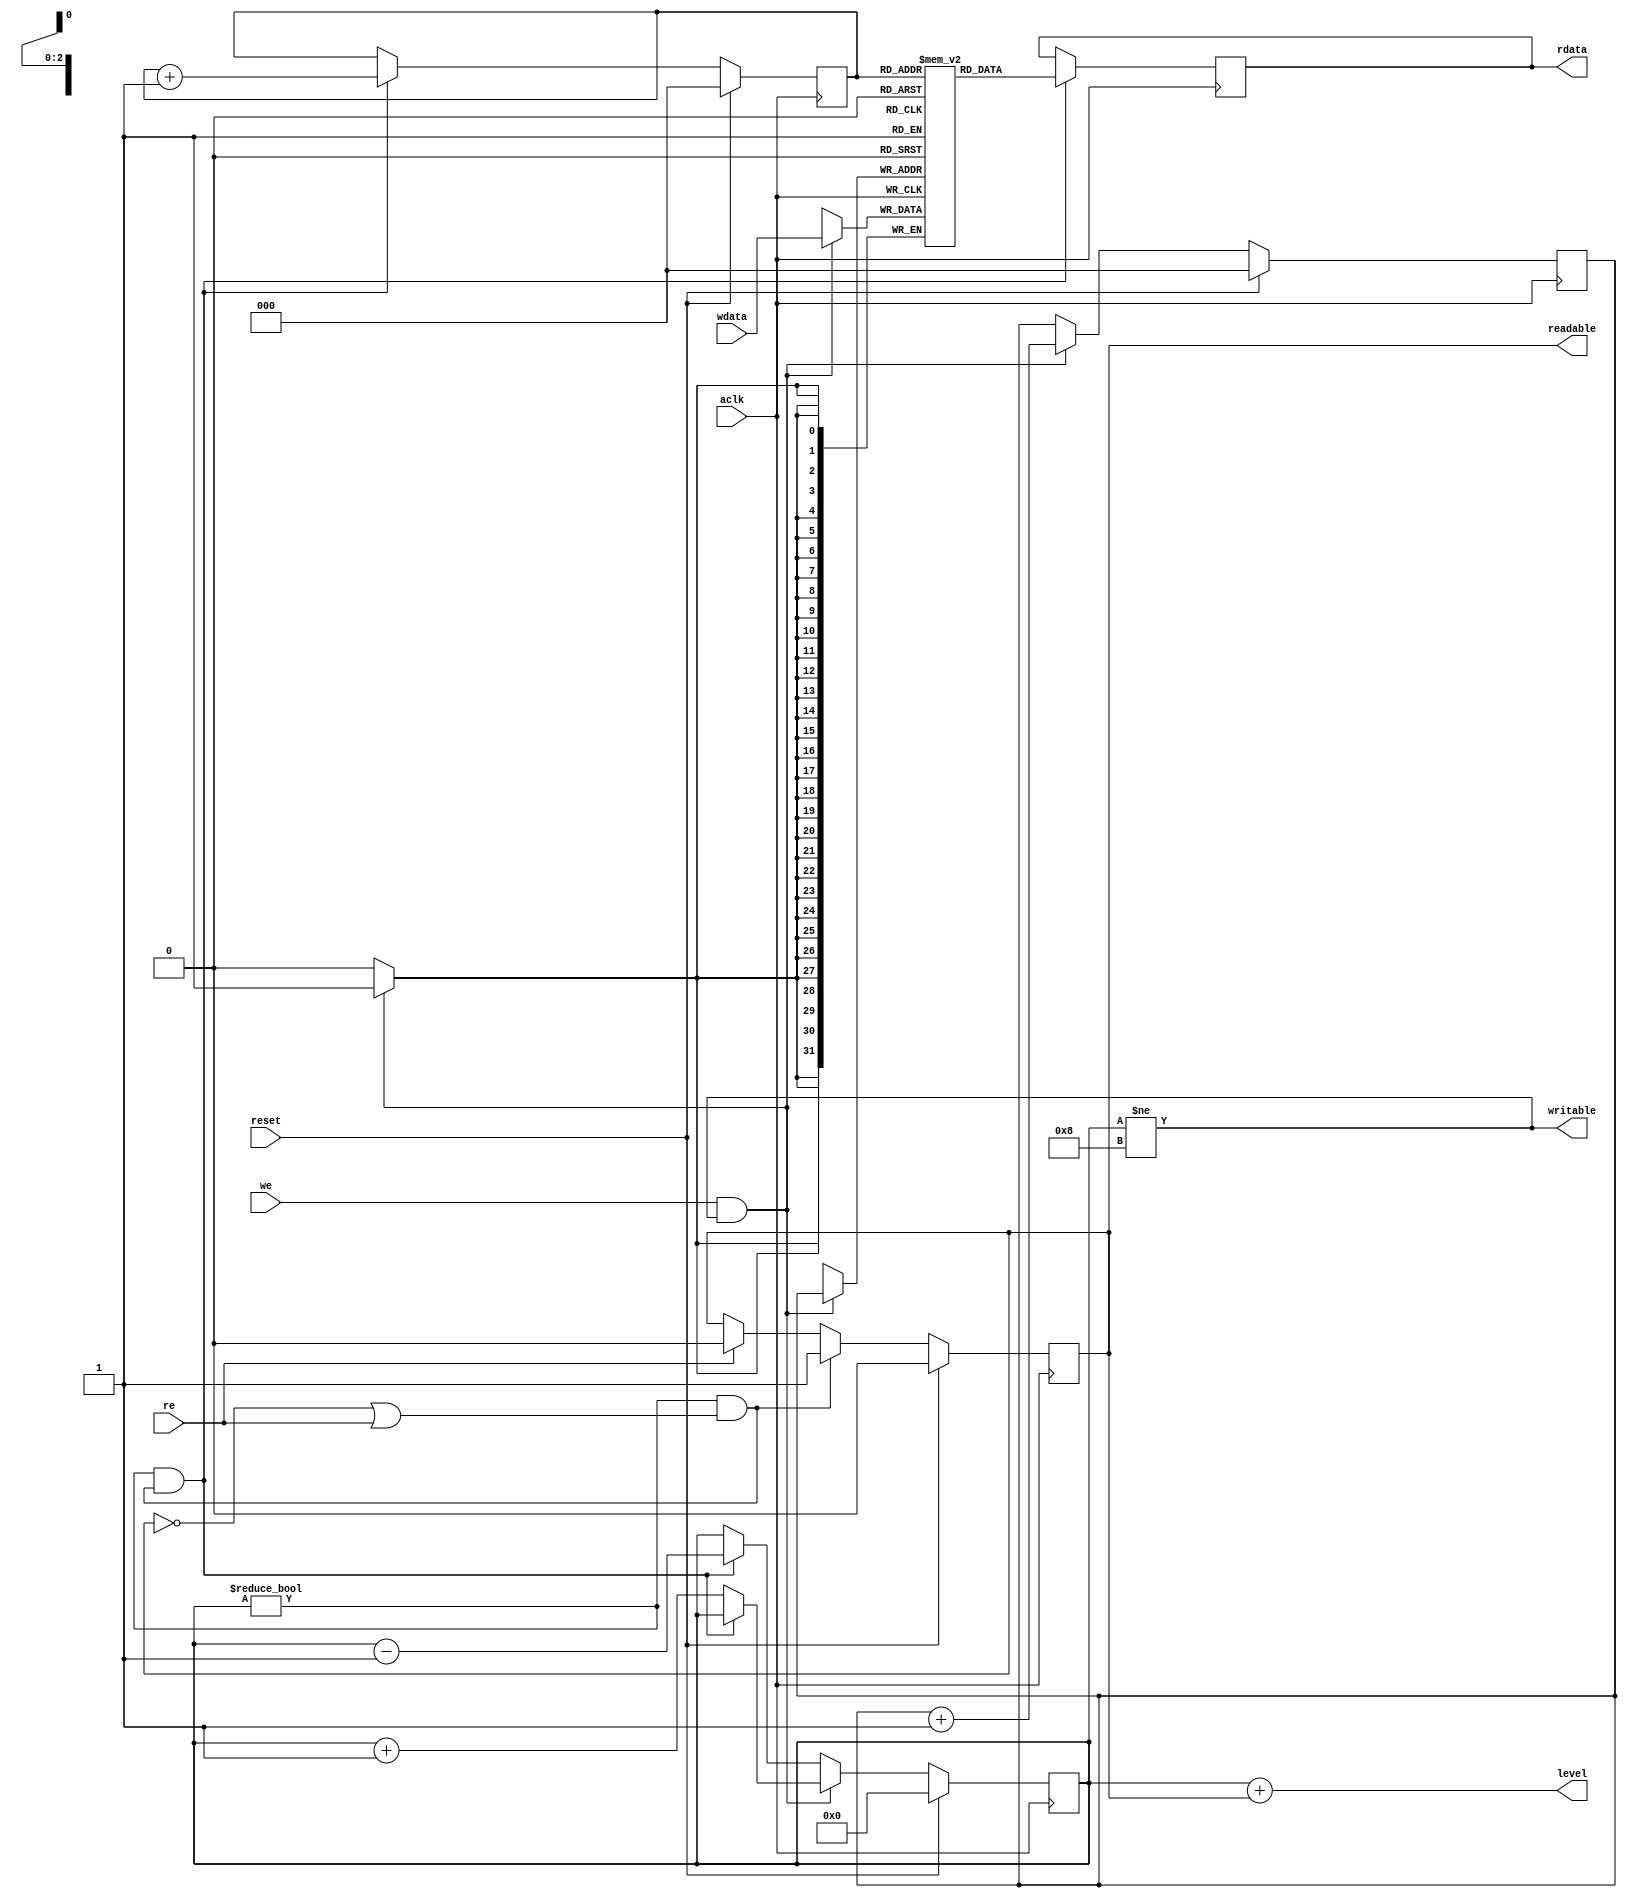
// -----------------------------------------------------------------------------
// Auto-Generated by:        __   _ __      _  __
//                          / /  (_) /____ | |/_/
//                         / /__/ / __/ -_)>  <
//                        /____/_/\__/\__/_/|_|
//                     Build your hardware, easily!
//                   https://github.com/enjoy-digital/litex
//
// Device     : generic
// LiteX sha1 : 9b4f6007
//------------------------------------------------------------------------------

`timescale 1ns / 1ps

//------------------------------------------------------------------------------
// Module
//------------------------------------------------------------------------------

module regfifo (
    input  wire          reset,
    input  wire          aclk,
    input  wire   [31:0] wdata,
    input  wire          we,
    output wire          writable,
    input  wire          re,
    output wire          readable,
    output wire   [31:0] rdata,
    output wire    [3:0] level
);


//------------------------------------------------------------------------------
// Signals
//------------------------------------------------------------------------------

wire          aclk_clk;
wire          aclk_rst;
wire          re_1;
reg           readable_1;
wire          syncfifo_we;
wire          syncfifo_writable;
wire          syncfifo_re;
wire          syncfifo_readable;
wire   [31:0] syncfifo_din;
wire   [31:0] syncfifo_dout;
reg     [3:0] level0;
wire          replace;
reg     [2:0] produce;
reg     [2:0] consume;
reg     [2:0] wrport_adr;
wire   [31:0] wrport_dat_r;
wire          wrport_we;
wire   [31:0] wrport_dat_w;
wire          do_read;
wire    [2:0] rdport_adr;
wire   [31:0] rdport_dat_r;
wire          rdport_re;
wire    [3:0] level1;

//------------------------------------------------------------------------------
// Combinatorial Logic
//------------------------------------------------------------------------------

assign replace = 1'b0;
assign aclk_clk = aclk;
assign aclk_rst = reset;
assign syncfifo_din = wdata;
assign syncfifo_we = we;
assign writable = syncfifo_writable;
assign rdata = syncfifo_dout;
assign re_1 = re;
assign readable = readable_1;
assign level = level1;
assign syncfifo_re = (syncfifo_readable & ((~readable_1) | re_1));
assign level1 = (level0 + readable_1);
always @(*) begin
    wrport_adr <= 3'd0;
    if (replace) begin
        wrport_adr <= (produce - 1'd1);
    end else begin
        wrport_adr <= produce;
    end
end
assign wrport_dat_w = syncfifo_din;
assign wrport_we = (syncfifo_we & (syncfifo_writable | replace));
assign do_read = (syncfifo_readable & syncfifo_re);
assign rdport_adr = consume;
assign syncfifo_dout = rdport_dat_r;
assign rdport_re = do_read;
assign syncfifo_writable = (level0 != 4'd8);
assign syncfifo_readable = (level0 != 1'd0);


//------------------------------------------------------------------------------
// Synchronous Logic
//------------------------------------------------------------------------------

always @(posedge aclk_clk) begin
    if (syncfifo_re) begin
        readable_1 <= 1'd1;
    end else begin
        if (re_1) begin
            readable_1 <= 1'd0;
        end
    end
    if (((syncfifo_we & syncfifo_writable) & (~replace))) begin
        produce <= (produce + 1'd1);
    end
    if (do_read) begin
        consume <= (consume + 1'd1);
    end
    if (((syncfifo_we & syncfifo_writable) & (~replace))) begin
        if ((~do_read)) begin
            level0 <= (level0 + 1'd1);
        end
    end else begin
        if (do_read) begin
            level0 <= (level0 - 1'd1);
        end
    end
    if (aclk_rst) begin
        readable_1 <= 1'd0;
        level0 <= 4'd0;
        produce <= 3'd0;
        consume <= 3'd0;
    end
end


//------------------------------------------------------------------------------
// Specialized Logic
//------------------------------------------------------------------------------

//------------------------------------------------------------------------------
// Memory storage: 8-words x 32-bit
//------------------------------------------------------------------------------
// Port 0 | Read: Sync  | Write: Sync | Mode: Read-First  | Write-Granularity: 32
// Port 1 | Read: Sync  | Write: ---- |
reg [31:0] storage[0:7];
reg [31:0] storage_dat0;
reg [31:0] storage_dat1;
always @(posedge aclk_clk) begin
	if (wrport_we)
		storage[wrport_adr] <= wrport_dat_w;
	storage_dat0 <= storage[wrport_adr];
end
always @(posedge aclk_clk) begin
	if (rdport_re)
		storage_dat1 <= storage[rdport_adr];
end
assign wrport_dat_r = storage_dat0;
assign rdport_dat_r = storage_dat1;


endmodule

// -----------------------------------------------------------------------------
//  Auto-Generated by LiteX on 2024-03-03 00:01:16.
//------------------------------------------------------------------------------